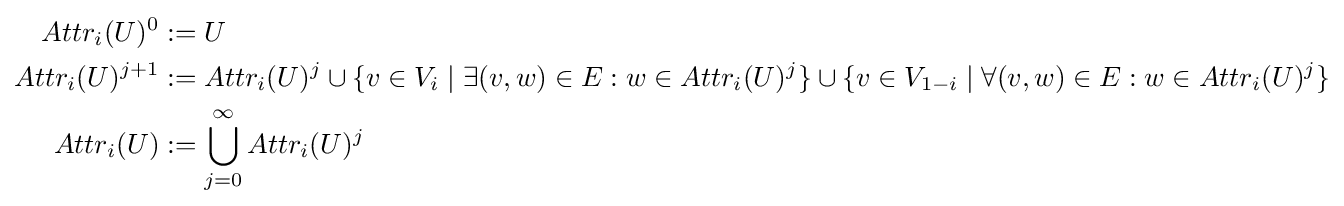
{\begin{aligned}Attr_{i}(U)^{0}&:=U\\Attr_{i}(U)^{j+1}&:=Attr_{i}(U)^{j}\cup \{v\in V_{i}\mid \exists (v,w)\in E:w\in Attr_{i}(U)^{j}\}\cup \{v\in V_{1-i}\mid \forall (v,w)\in E:w\in Attr_{i}(U)^{j}\}\\Attr_{i}(U)&:=\bigcup _{j=0}^{\infty }Attr_{i}(U)^{j}\end{aligned}}